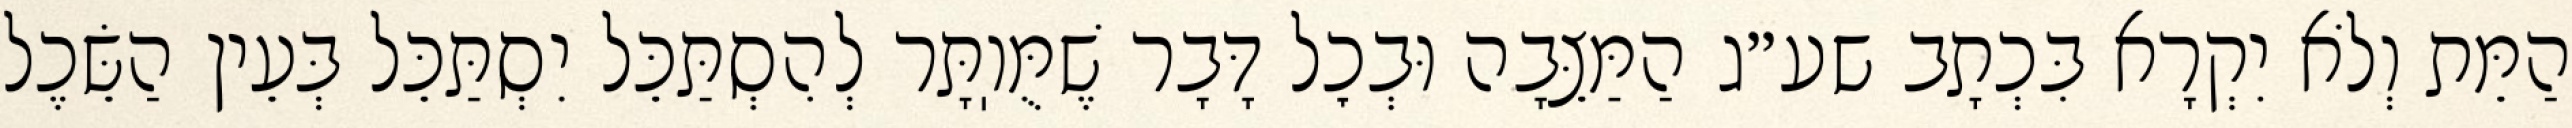
הַמֵּת וְלֹא יִקְרָא בִּכְתָב שע״ג הַמַּצֵּבָה וּבְכׇל דָּבָר שֶׁמֻּוֽתָּר לְהִסְתַּכֵּל יִסְתַּכֵּל בְּעֵין הַשֵּׂכֶל